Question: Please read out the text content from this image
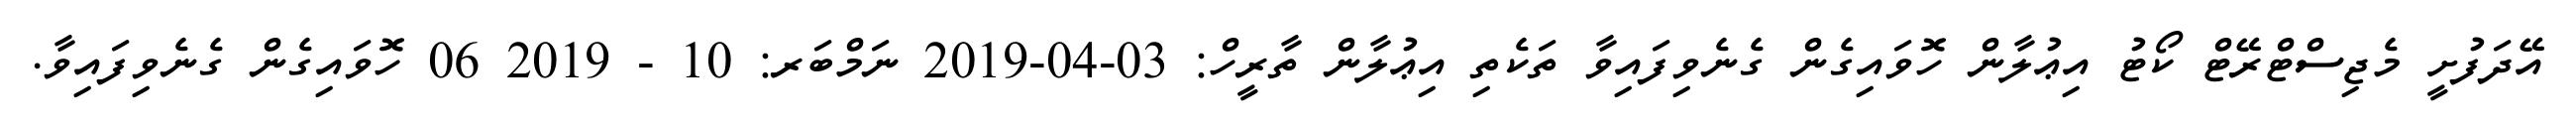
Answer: އޭދަފުށީ މެޖިސްޓްރޭޓް ކޯޓު އިޢުލާން ހޮވައިގެން ގެނެވިފައިވާ ތަކެތި އިޢުލާން ތާރީހް: 03-04-2019 ނަމްބަރ: 10 - 2019 06 ހޮވައިގެން ގެނެވިފައިވާ.